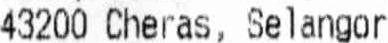
43200 CHERAS, SELANGOR